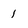
Character: 1